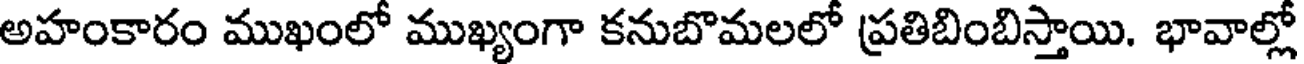
అహంకారం ముఖంలో ముఖ్యంగా కనుబొమలలో ప్రతిబింబిస్తాయి. భావాల్లో